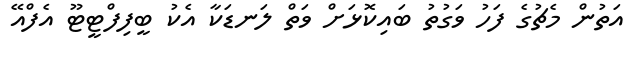
އަތުން މެޗުގެ ފަހު ވަގުތު ބައިކޮޅަށް ވަތް ލަނޑަކާ އެކު ބީފިފްޓީޓޫ އެފްއޭ